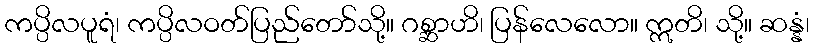
ကပ္ပိလပူရံ၊ ကပ္ပိလဝတ်ပြည်တော်သို့။ ဂစ္ဆာဟိ၊ ပြန်လေလော။ ဣတိ၊ သို့။ ဆန္နံ၊